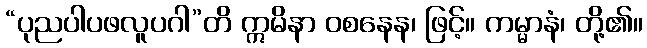
“ပုညပါပဖလူပဂါ”တိ ဣမိနာ ဝစနေန၊ ဖြင့်။ ကမ္မာနံ၊ တို့၏။